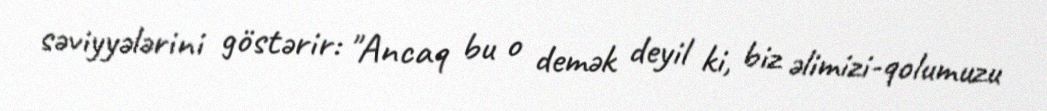
səviyyələrini göstərir: "Ancaq bu o demək deyil ki, biz əlimizi-qolumuzu